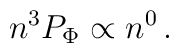
n^3P_{\rm \Phi }\propto n^0 \, .